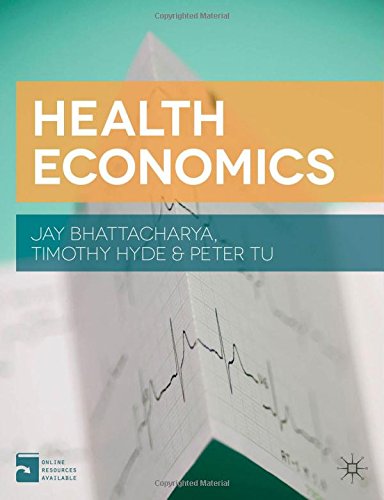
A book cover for Health Economics; Jay Bhattacharya; Business & Money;